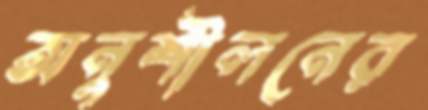
অনুশীলনের